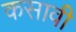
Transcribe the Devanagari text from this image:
कसावी